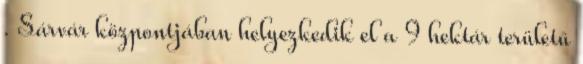
. Sárvár központjában helyezkedik el a 9 hektár területű